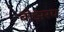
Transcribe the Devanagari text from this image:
बोझरप